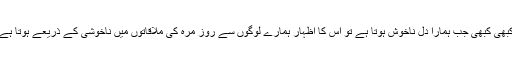
کبھی کبھی جب ہمارا دل ناخوش ہوتا ہے تو اس کا اظہار ہمارے لوگوں سے روز مرہ کی ملاقاتوں میں ناخوشی کے ذریعے ہوتا ہے۔